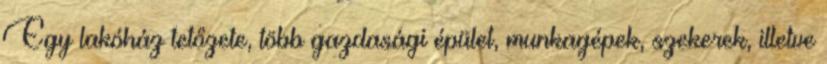
Egy lakóház tetőzete, több gazdasági épület, munkagépek, szekerek, illetve